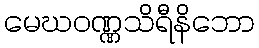
မေဃဝဏ္ဏသိရီနိဘော